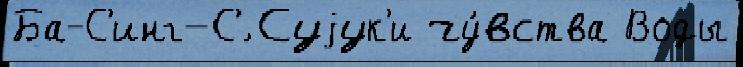
Ба-С'инг-С'́ Суjук'и чу́вства Воды